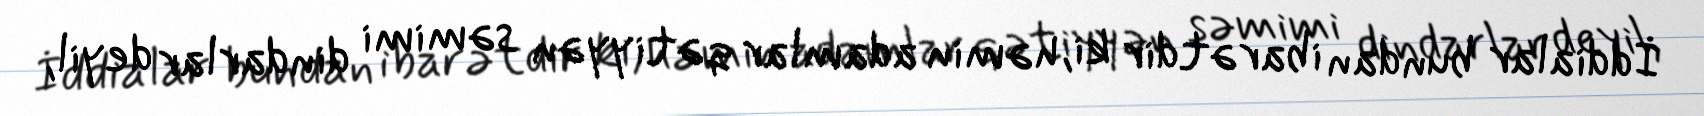
İddialar bundan ibarətdir ki, həmin adamlar qətiyyən səmimi dindarlar deyil,